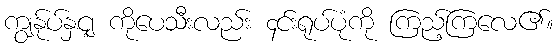
ကျွန်ုပ်နှင့ျ ကိုပေသီးလည်း ၄င်းရုပ်ပုံကို ကြည့်ကြလေ၏။